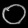
Digit: ၀